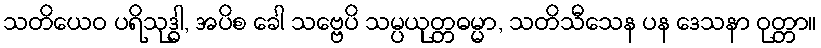
သတိယေဝ ပရိသုဒ္ဓါ, အပိစ ခေါ သဗ္ဗေပိ သမ္ပယုတ္တဓမ္မာ, သတိသီသေန ပန ဒေသနာ ဝုတ္တာ။